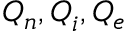
Q _ { n } , \boldsymbol { Q } _ { i } , Q _ { e }